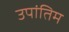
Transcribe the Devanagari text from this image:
उपांतिम